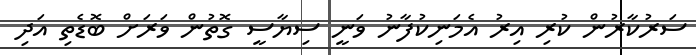
ސަރުކާރުން ކުރި އިރު އެމަނިކުފާނު ވަނީ ސިޔާސީ ގޮތުން ވަރަށް ބޮޑެތި އަދި